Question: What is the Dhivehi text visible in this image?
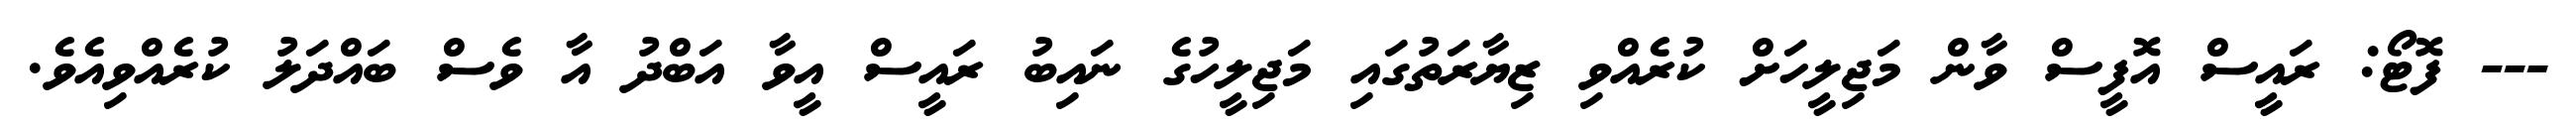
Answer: --- ފޮޓޯ: ރައީސް އޮފީސް ވާން މަޖިލީހަށް ކުރެއްވި ޒިޔާރަތުގައި މަޖިލީހުގެ ނައިބު ރައީސް އީވާ އަބްދު އާ ވެސް ބައްދަލު ކުރެއްވިއެވެ.